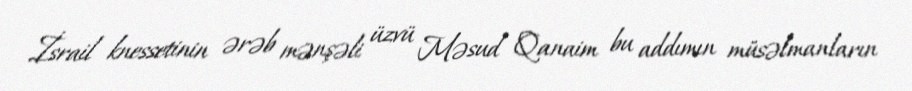
İsrail knessetinin ərəb mənşəli üzvü Məsud Qanaim bu addımın müsəlmanların